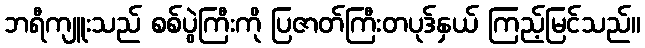
ဘရီကျူးသည် စစ်ပွဲကြီးကို ပြဇာတ်ကြီးတပုဒ်နှယ် ကြည့်မြင်သည်။